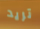
تريد